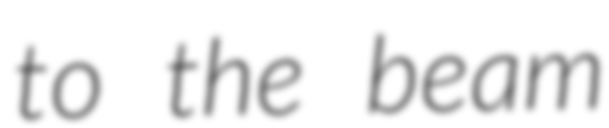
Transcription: to the beam